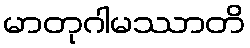
မာတုဂါမဿာတိ